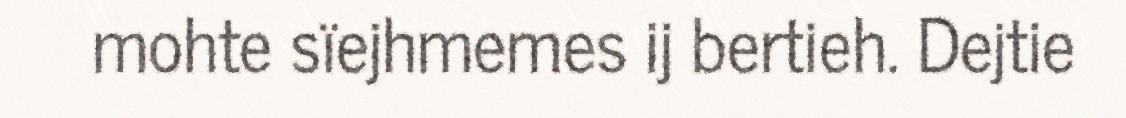
mohte sïejhmemes ij bertieh. Dejtie